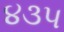
૪૩૫